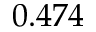
0 . 4 7 4